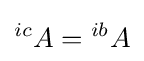
{}^{ic}A={}^{ib}A